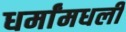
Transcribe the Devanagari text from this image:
धर्मांमधली